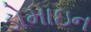
ડોમાઇન